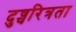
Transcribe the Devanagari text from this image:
दुष्चरित्रता